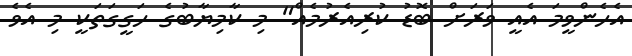
އެހެންވީމަ އެއީ ވަރަށް ބޮޑު ކުރިއެރުމެއް" މި ކާމިޔާބުގެ ހަގީގަތަކީ މި އެވެ